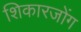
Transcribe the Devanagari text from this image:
शिकारजोंग